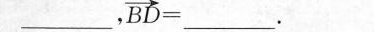
$$ __， $$\overrightarrow{BD}=$$ _